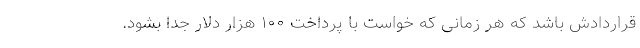
قراردادش باشد که هر زمانی که خواست با پرداخت ١٠٠ هزار دلار جدا بشود.